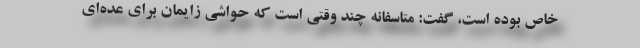
خاص بوده است، گفت: متاسفانه چند وقتی است که حواشی زایمان برای عده‌ای